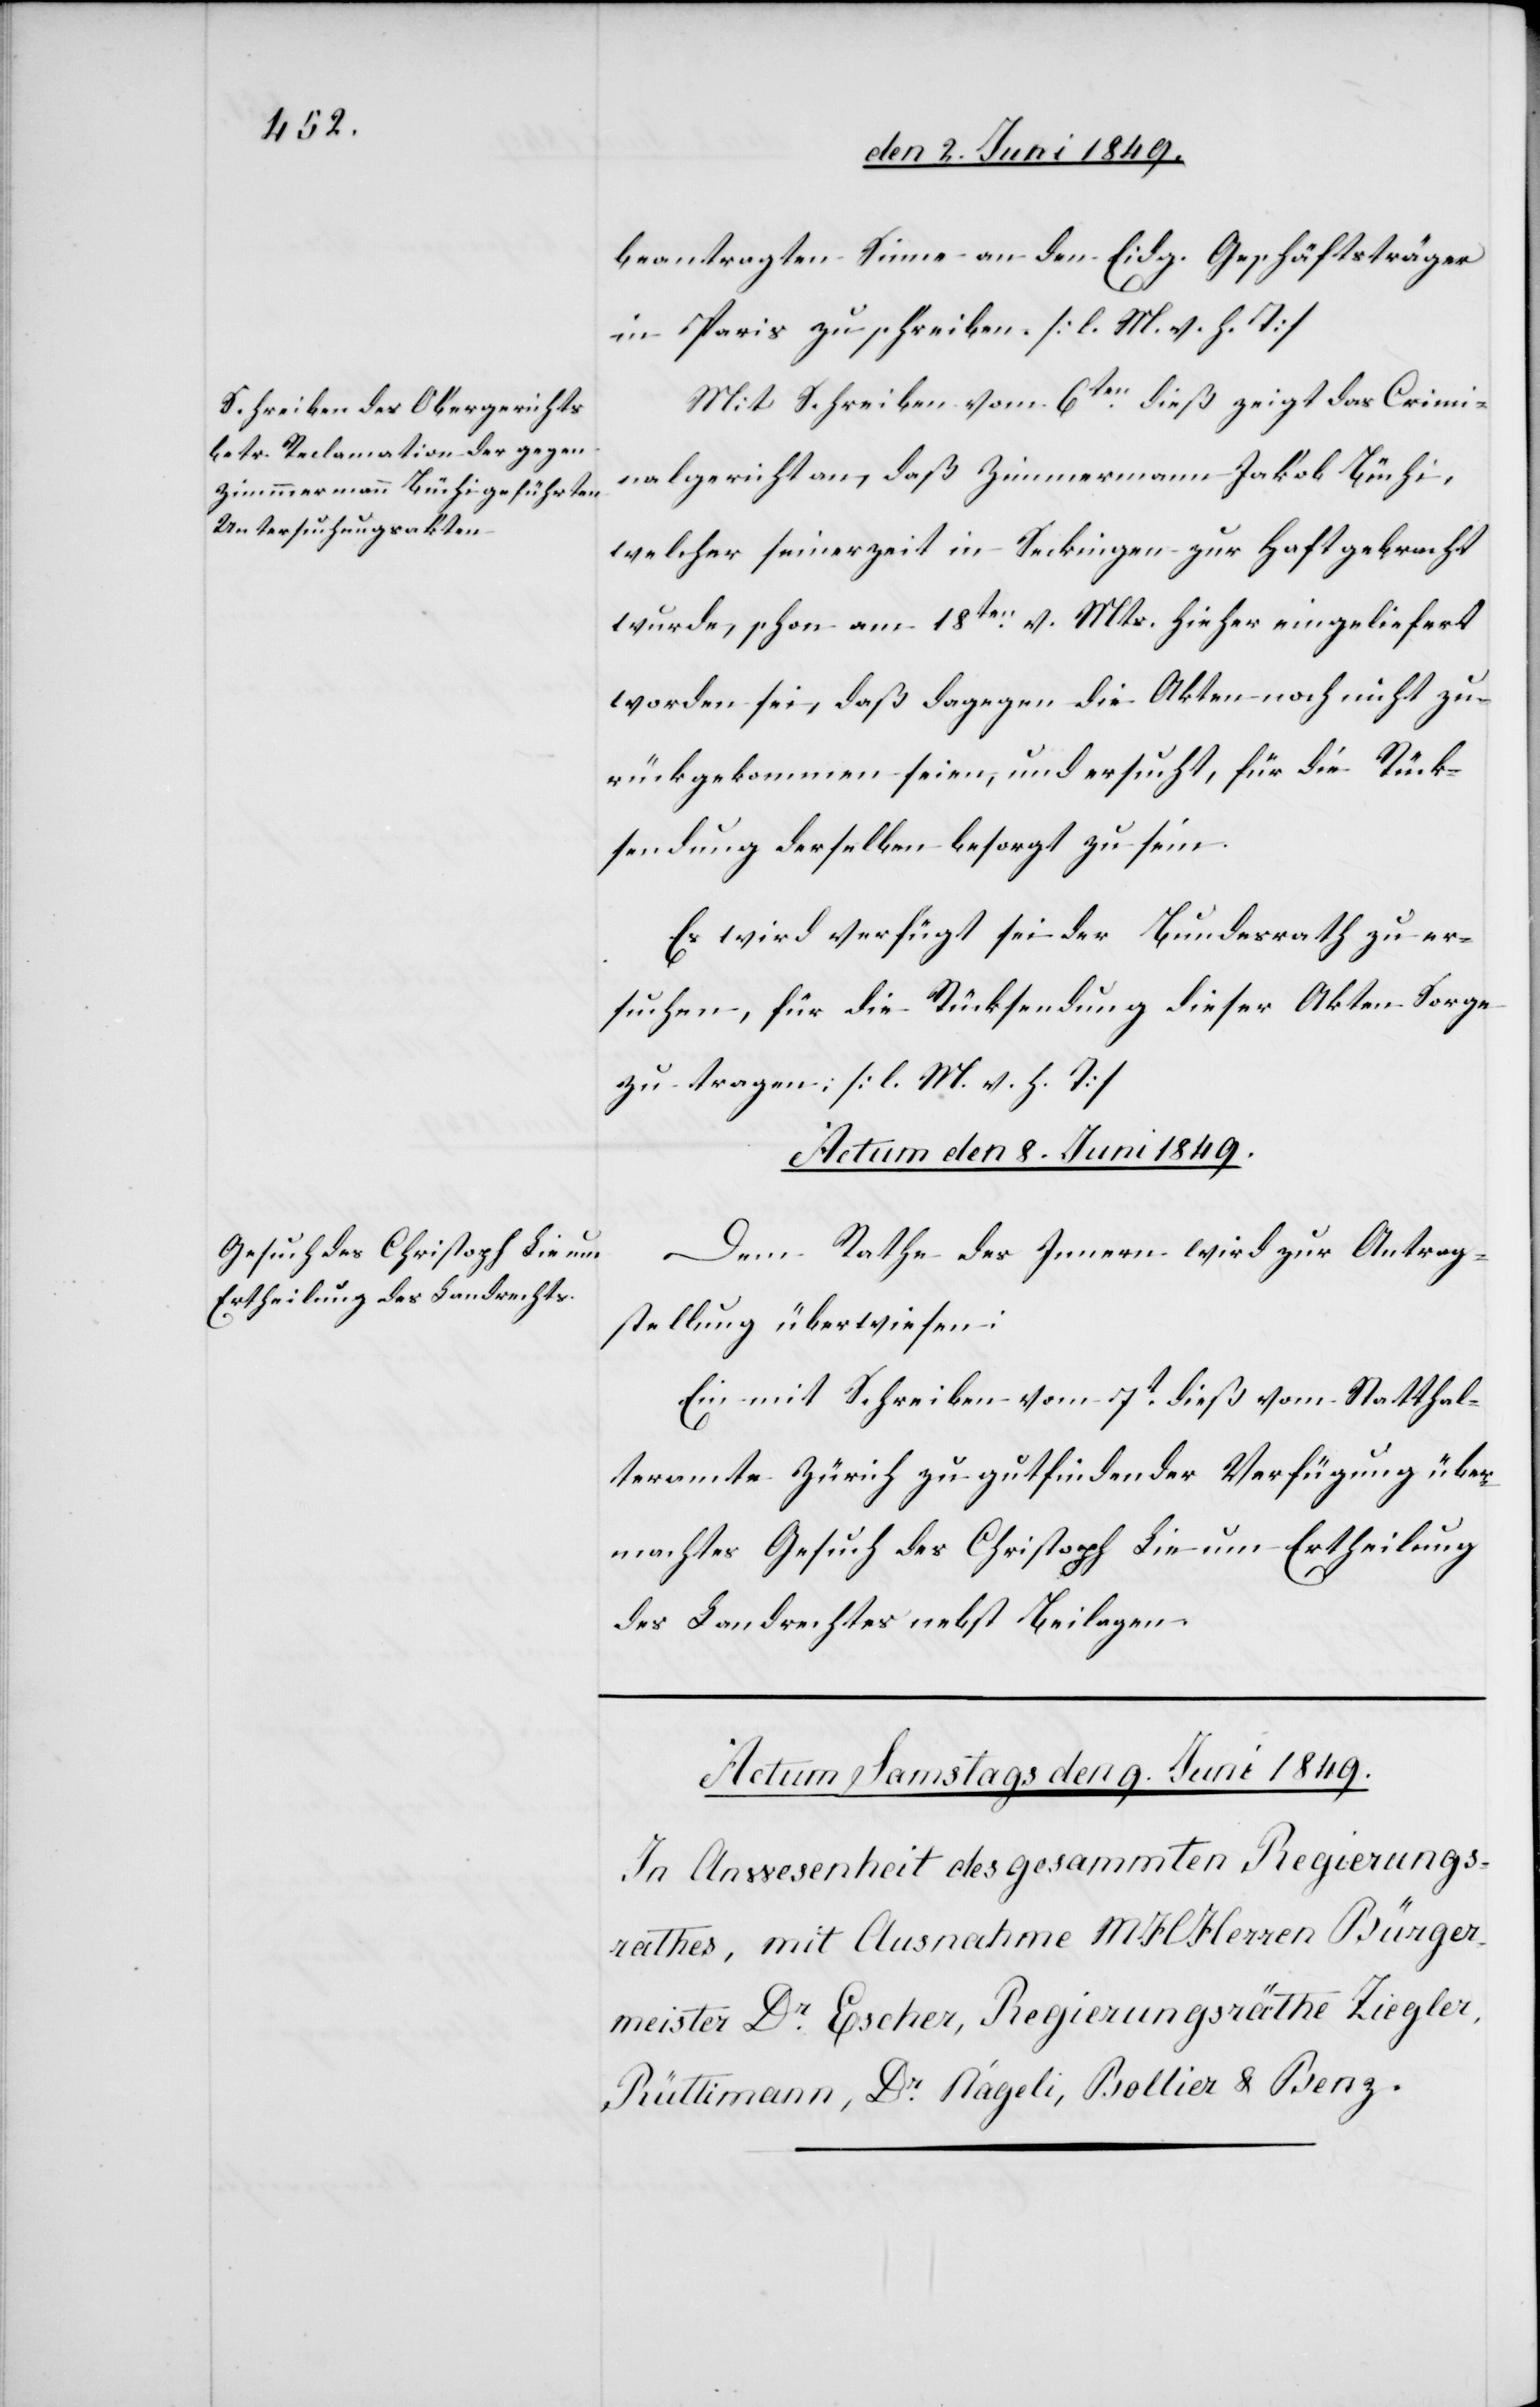
beantragten Sinne an den Eidg. Geschäftsträger
in Paris zu schreiben. [l. M. h. T][.]
Mit Schreiben vom 6ten dieß zeigt das Crimi¬
nalgericht an, daß Zimmermann Jakob Büchi,
welcher seinerzeit in Seckingen zur Haft gebracht
wurde, schon am 18ten v. Mts. hieher eingeliefert
worden sei, daß dagegen die Akten noch nicht zu¬
rückgekommen seien, und ersucht, für die Rück¬
sendung derselben besorgt zu sein.
Es wird verfügt sei der Bundesrath zu er¬
suchen, für die Rücksendung dieser Akten Sorge
zu tragen; [l. M. h. T]
Actum den 8. Juni 1849.
Dem Rathe des Innern wird zur Antrag¬
stellung überwiesen:
Ein mit Schreiben vom 7t dieß vom Statthal¬
teramte Zürich zu gutfindender Verfügung über¬
machtes Gesuch des Christoph Lie um Ertheilung
des Landrechtes nebst Beilagen.